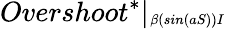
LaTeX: Overshoot^{*}|_{\substack{_{\beta(sin(aS))I}}}